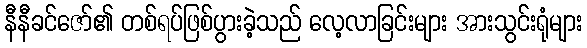
နီနီခင်ဇော်၏ တစ်ရပ်ဖြစ်ပွားခဲ့သည် လေ့လာခြင်းများ အားသွင်းရုံများ